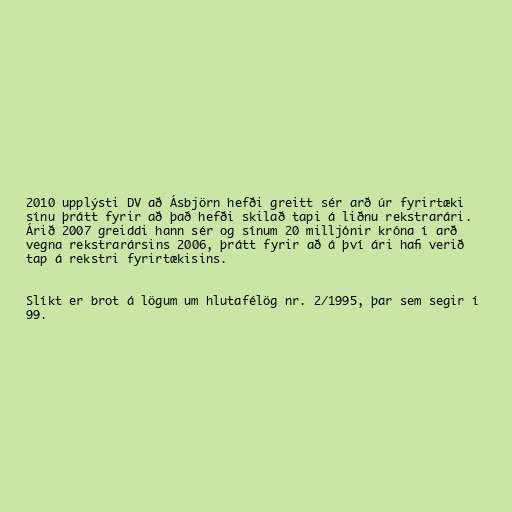
2010 upplýsti DV að Ásbjörn hefði greitt sér arð úr fyrirtæki
sínu þrátt fyrir að það hefði skilað tapi á liðnu rekstrarári.
Árið 2007 greiddi hann sér og sínum 20 milljónir króna í arð
vegna rekstrarársins 2006, þrátt fyrir að á því ári hafi verið
tap á rekstri fyrirtækisins.

Slíkt er brot á lögum um hlutafélög nr. 2/1995, þar sem segir í
99.